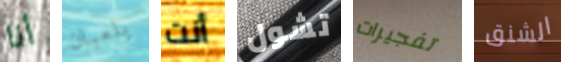
أنا يلعبان أنت تشول تفجيرات الشنق